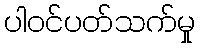
ပါဝင်ပတ်သက်မှု